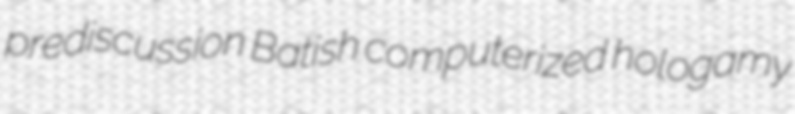
prediscussion Batish computerized hologamy